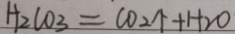
H _ { 2 } C O _ { 3 } = C O _ { 2 } \uparrow + H _ { 2 } O